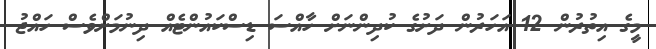
މީގެ އިތުރުން 12 އަހަރުން ދަށުގެ ކުދިންނަށް ހާއްސަ ޑިސްކައުންޓެއް ދިނުމަށްވެސް ހައްޖު